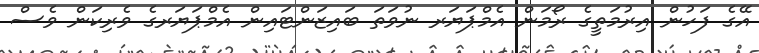
އޭގެ ފަހުން އިރުމަތީގެ ރޯމަން އެމްޕަޔަރ ނުވަތަ ބައިޒަންޓައިން އެމްޕަޔަރގެ ވެރިކަން ވެސް